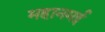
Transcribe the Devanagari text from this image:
महानमई